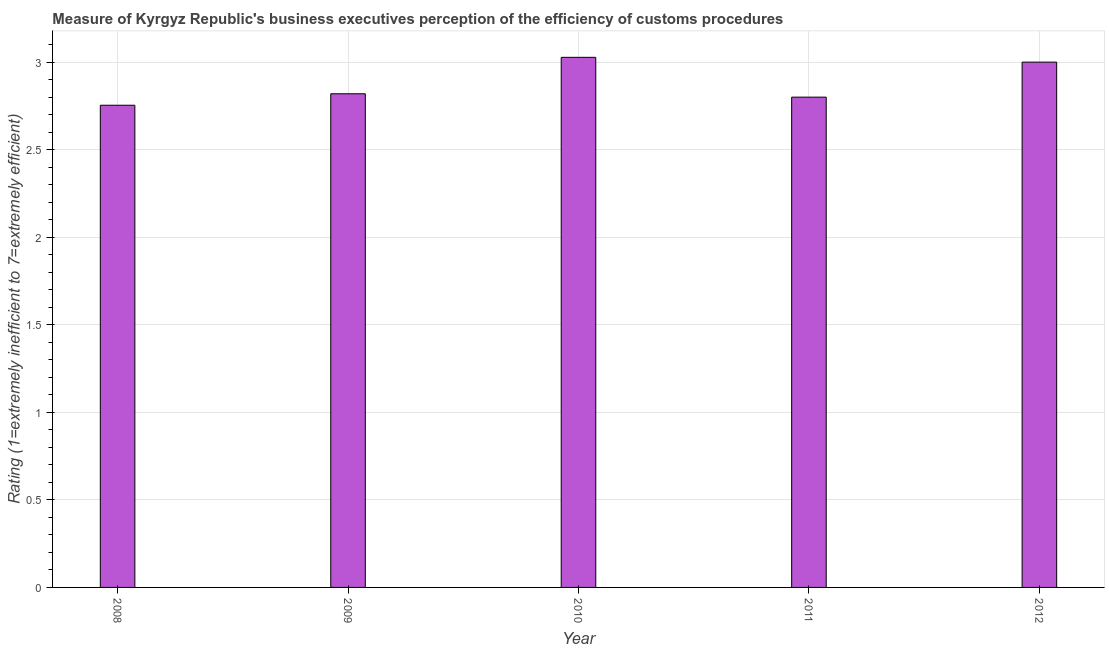
| Year | Burden of customs procedure |
 | --- | --- |
 | 2008 | 2.75 |
 | 2009 | 2.82 |
 | 2010 | 3.03 |
 | 2011 | 2.8 |
 | 2012 | 3 |